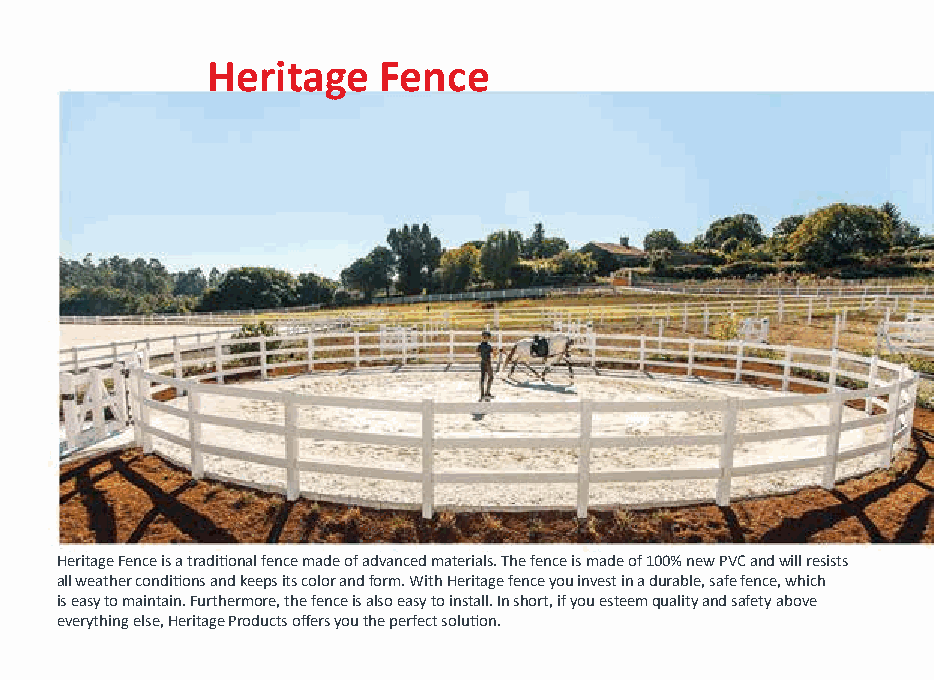
Heritage   Fence
 Heritage Fence is a traditional fence made of advanced materials. The fence is made of 100% new PVC and will resists
 all weather conditions and keeps its color and form. With Heritage fence you invest in a durable, safe fence, which
 is easy to maintain. Furthermore, the fence is also easy to install. In short, if you esteem quality and safety above
 -2e-verything else, Heritage Products offers you the perfect solution.